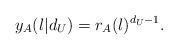
LaTeX: \begin{align*}y_A ( l | d_U ) = r_A ( l )^{d_U - 1}.\end{align*}